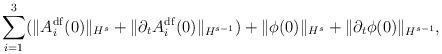
LaTeX: \begin{align*}\sum_{i=1}^{3}(\|A_i^{\mathrm{df}}(0)\|_{H^s}+\|\partial_tA_i^{\mathrm{df}}(0)\|_{H^{s-1}})+\|\phi(0)\|_{H^s}+\|\partial_t\phi(0)\|_{H^{s-1}},\end{align*}